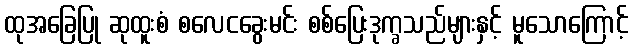
ထုအခြေပြု ဆုထူးစံ စလေငခွေးမင်း စစ်ပြေးဒုက္ခသည်များနှင့် မူသောကြောင့်